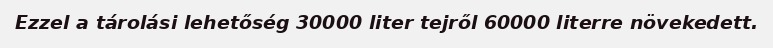
Ezzel a tárolási lehetőség 30000 liter tejről 60000 literre növekedett.